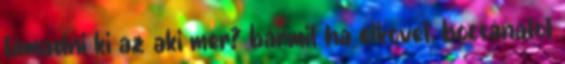
támadni ki az aki mer? bármit ha elkövet, bocsánatot